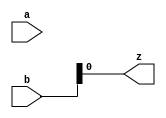
module notequals(a,b,z);
input [3:0] a,b;
output reg z;
always @( a or b)
begin: DF_LABEL
 integer int_a,int_b;
  int_a=a;
  int_b=b;
  z=!int_a;
 z =int_b;
end
endmodule